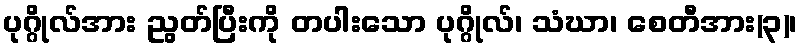
ပုဂ္ဂိုလ်အား ညွတ်ပြီးကို တပါးသော ပုဂ္ဂိုလ်၊ သံဃာ၊ စေတီအား(၃)၊